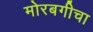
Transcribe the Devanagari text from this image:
मोरबगीचा